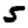
Digit: 5